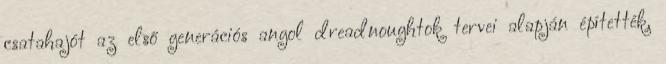
csatahajót az első generációs angol dreadnoughtok tervei alapján építették,